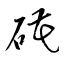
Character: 硴